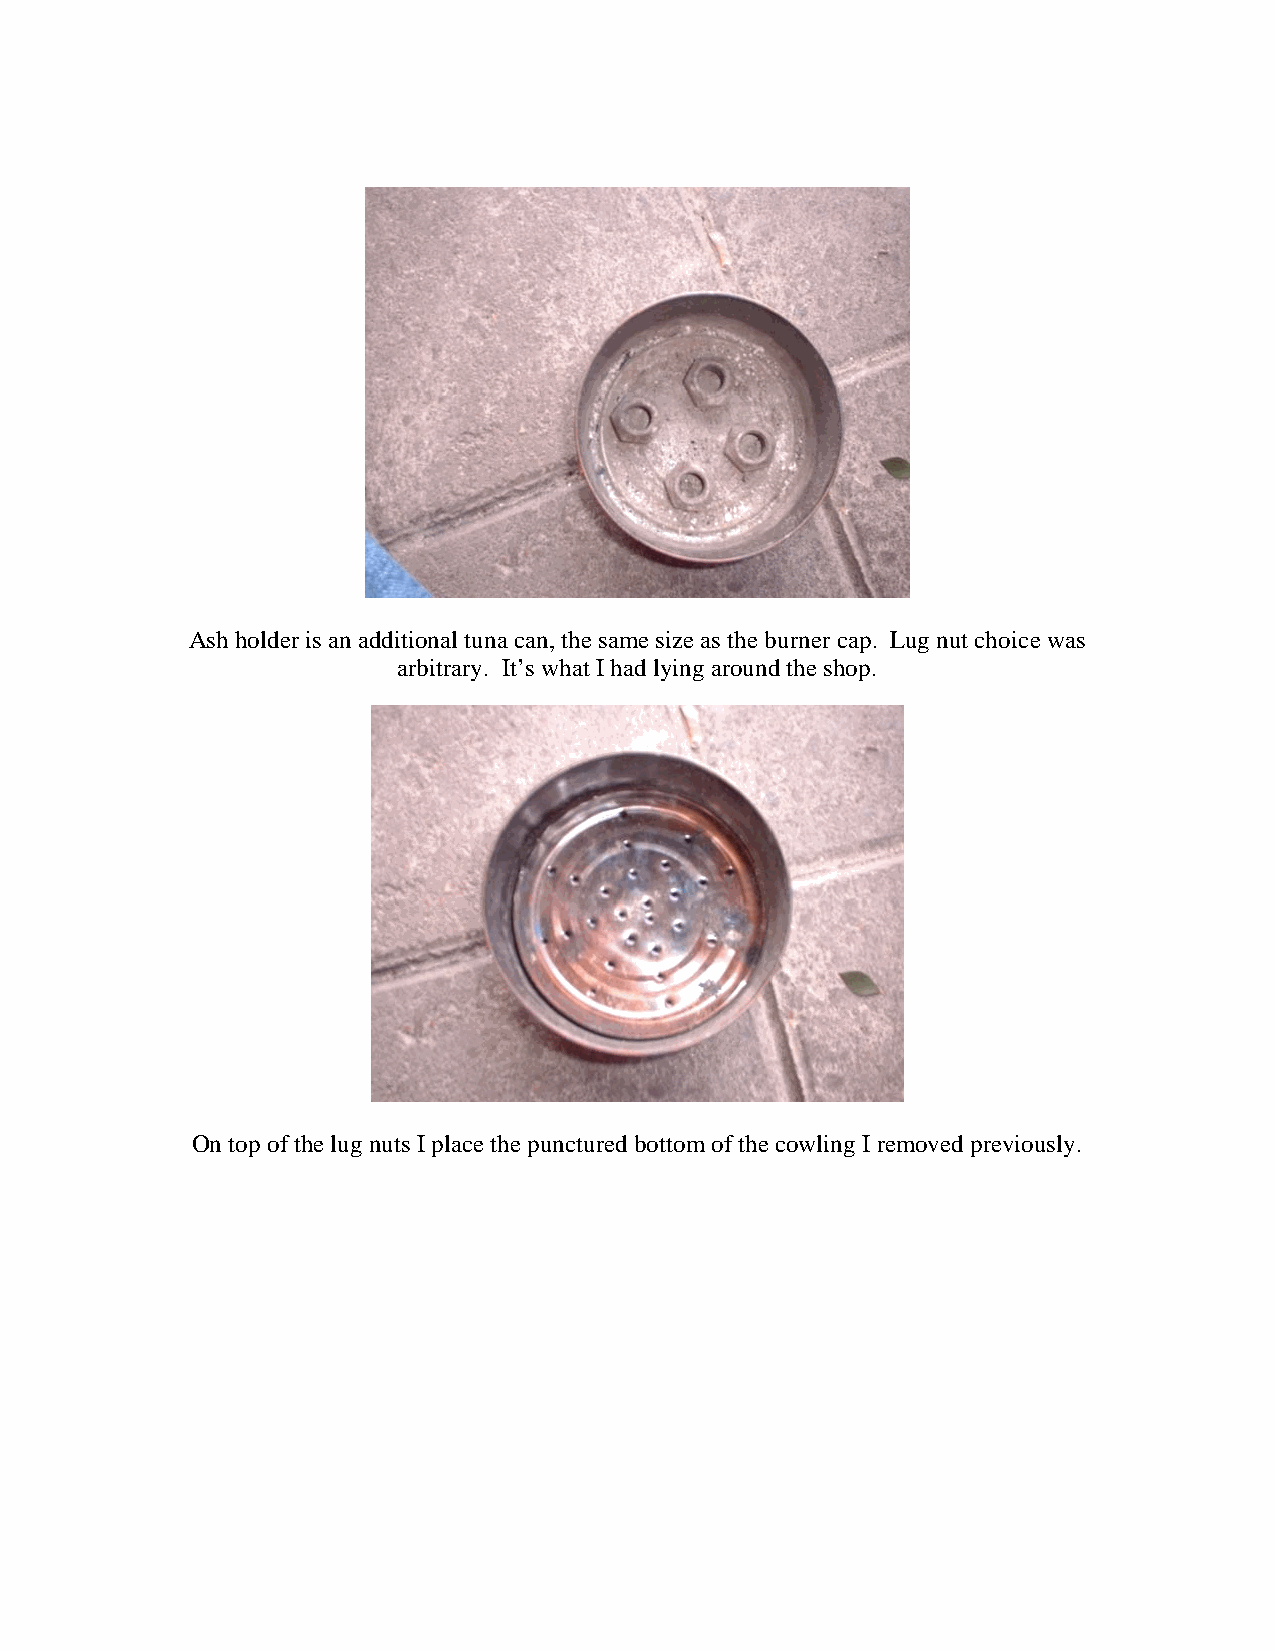
Ash holder is an additional tuna can, the same size as the burner cap. Lug nut choice was
 arbitrary. It’s what I had lying around the shop.
 On top of the lug nuts I place the punctured bottom of the cowling I removed previously.